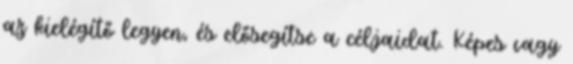
az kielégítő legyen, és elősegítse a céljaidat. Képes vagy